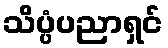
သိပ္ပံပညာရှင်